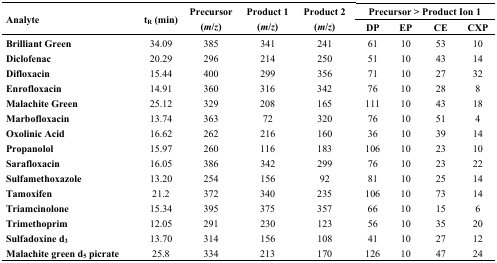
| <ROWSPAN=2> Analyte | <ROWSPAN=2> tR (min) | <ROWSPAN=2> Precursor (m/z) | <ROWSPAN=2> Product 1 (m/z) | <ROWSPAN=2> Product 2 (m/z) | <COLSPAN=4> Precursor > Product Ion 1 |
 | DP | EP | CE | CXP |
 | --- | --- | --- | --- | --- | --- | --- | --- | --- |
 | Brilliant Green | 34.09 | 385 | 341 | 241 | 61 | 10 | 53 | 10 |
 | Diclofenac | 20.29 | 296 | 214 | 250 | 51 | 10 | 43 | 14 |
 | Difloxacin | 15.44 | 400 | 299 | 356 | 71 | 10 | 27 | 32 |
 | Enrofloxacin | 14.91 | 360 | 316 | 342 | 76 | 10 | 28 | 8 |
 | Malachite Green | 25.12 | 329 | 208 | 165 | 111 | 10 | 43 | 18 |
 | Marbofloxacin | 13.74 | 363 | 72 | 320 | 76 | 10 | 51 | 4 |
 | Oxolinic Acid | 16.62 | 262 | 216 | 160 | 36 | 10 | 39 | 14 |
 | Propanolol | 15.97 | 260 | 116 | 183 | 106 | 10 | 23 | 10 |
 | Sarafloxacin | 16.05 | 386 | 342 | 299 | 76 | 10 | 23 | 22 |
 | Sulfamethoxazole | 13.20 | 254 | 156 | 92 | 81 | 10 | 25 | 14 |
 | Tamoxifen | 21.2 | 372 | 340 | 235 | 106 | 10 | 73 | 14 |
 | Triamcinolone | 15.34 | 395 | 375 | 357 | 66 | 10 | 15 | 6 |
 | Trimethoprim | 12.05 | 291 | 230 | 123 | 56 | 10 | 35 | 20 |
 | Sulfadoxine d3 | 13.70 | 314 | 156 | 108 | 41 | 10 | 27 | 12 |
 | Malachite green d5 picrate | 25.8 | 334 | 213 | 170 | 126 | 10 | 47 | 24 |